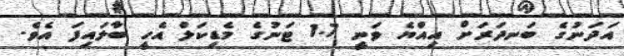
އަދަނުގެ ބަނދަރަށް އިއްޔެ ވަނީ 1.7 ޓަނުގެ މެޑިކަލް އެހީ ބާލައިފަ އެވެ.